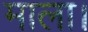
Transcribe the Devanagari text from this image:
माला।